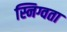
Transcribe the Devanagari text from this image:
स्निग्वता